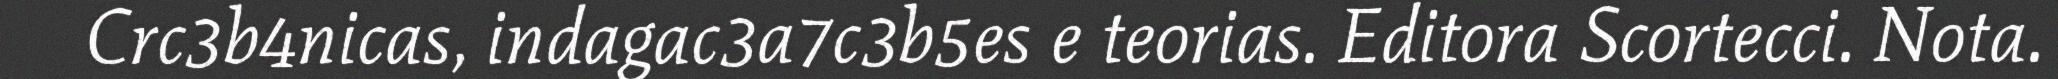
Crc3b4nicas, indagac3a7c3b5es e teorias. Editora Scortecci. Nota.